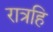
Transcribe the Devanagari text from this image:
रात्रहि